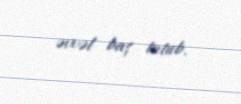
əvvəl baş tutub.